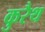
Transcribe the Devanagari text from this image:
कुरैथ